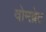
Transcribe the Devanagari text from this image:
वोमब्रेट